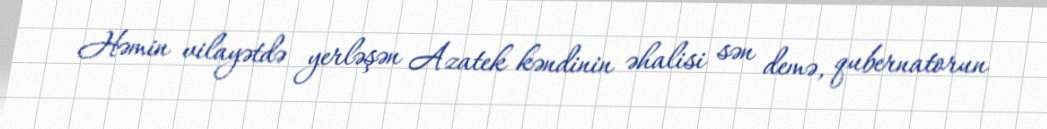
Həmin vilayətdə yerləşən Azatek kəndinin əhalisi sən demə, qubernatorun